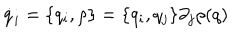
LaTeX: \dot { q } _ { i } = \{ q _ { i } , \rho \} = \{ q _ { i } , q _ { j } \} \partial _ { j } \rho ( q )